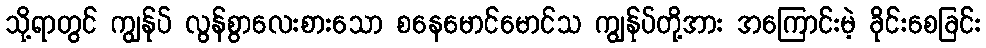
သို့ရာတွင် ကျွန်ုပ် လွန်စွာလေးစားသော စနေမောင်မောင်သ ကျွန်ုပ်တို့အား အကြောင်းမဲ့ ခိုင်းစေခြင်း